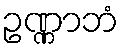
ဥဏ္ဏာဘံ